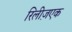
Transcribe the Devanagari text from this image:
रिलीज़एक